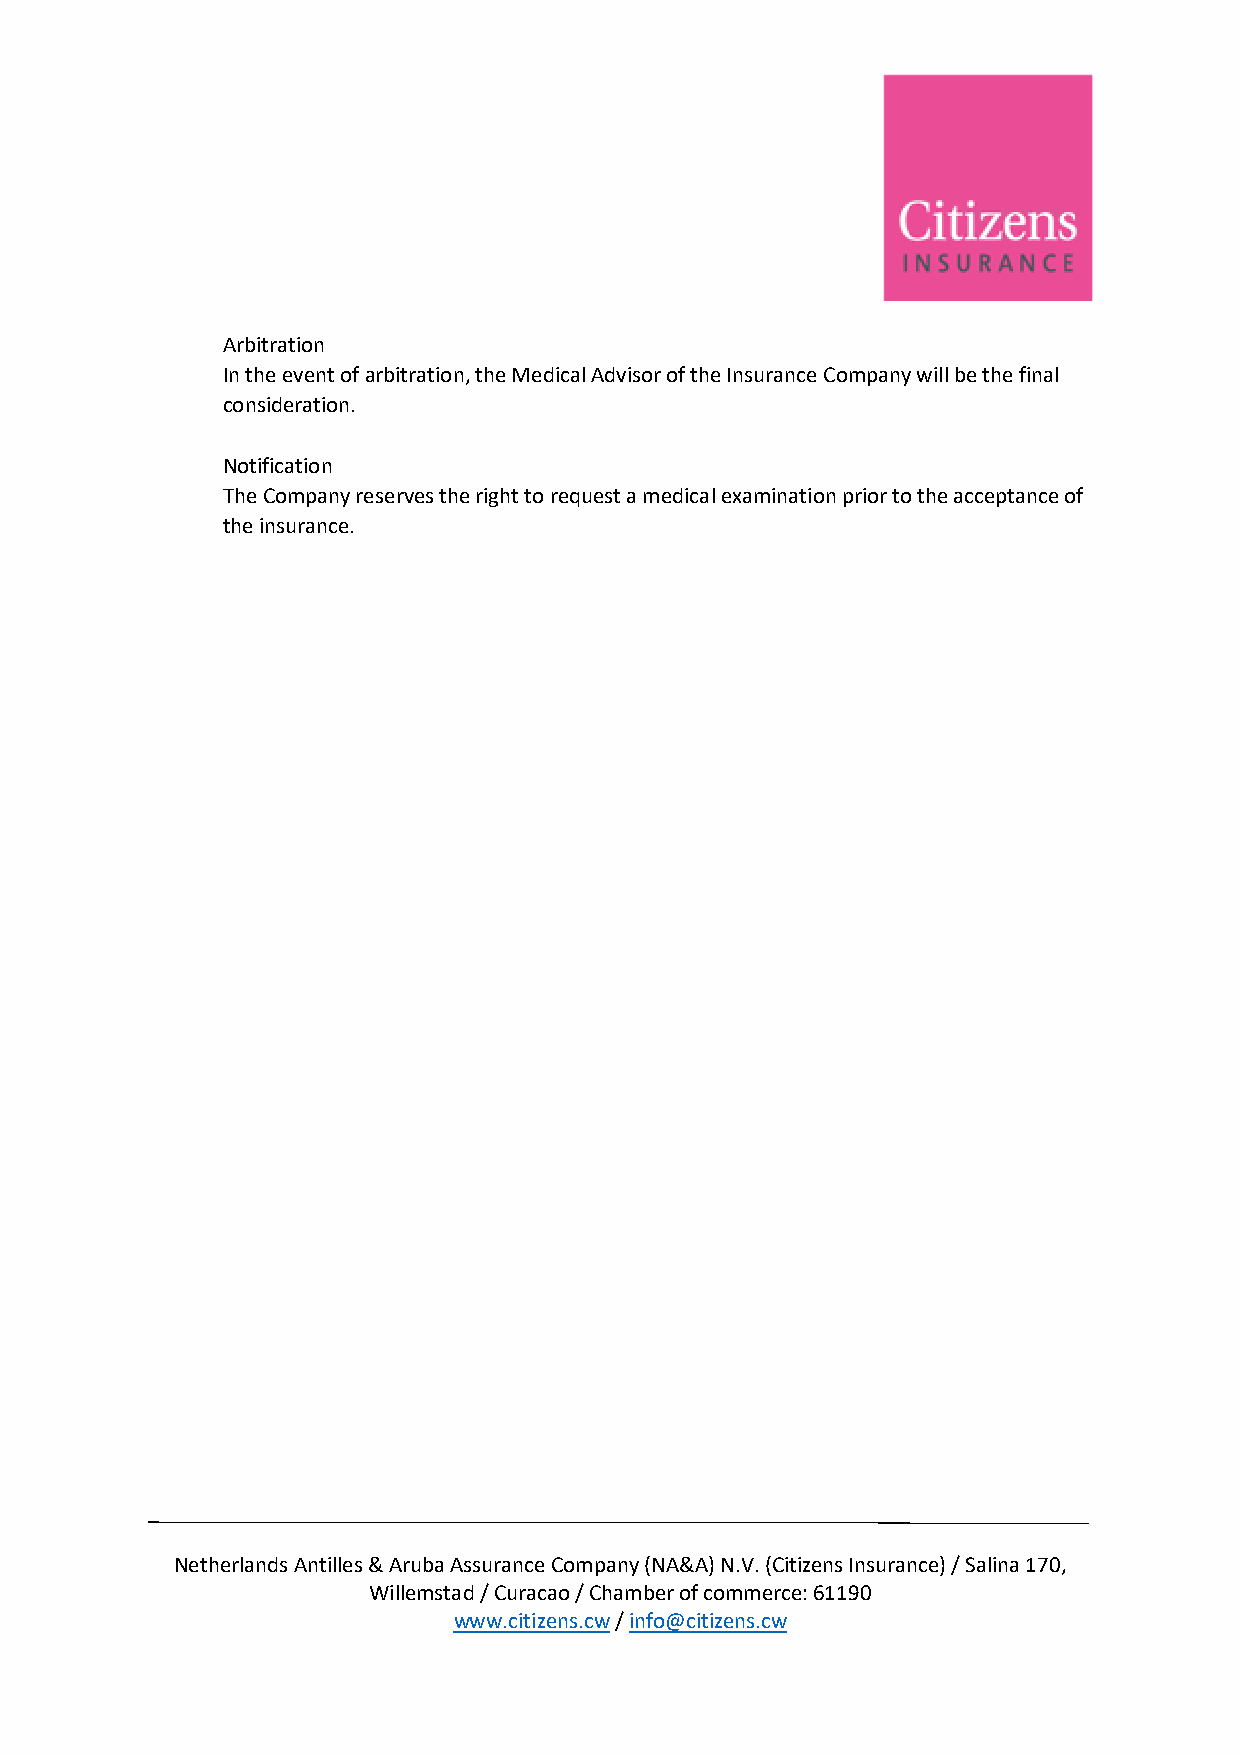
Arbitration
 In the event of arbitration, the Medical Advisor of the Insurance Company will be the final
 consideration.
 Notification
 The Company reserves the right to request a medical examination prior to the acceptance of
 the insurance.
 Netherlands Antilles & Aruba Assurance Company (NA&A) N.V. (Citizens Insurance) / Salina 170,
 Willemstad / Curacao / Chamber of commerce: 61190
 www.citizens.cw / info@citizens.cw